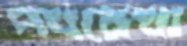
পথরেখা